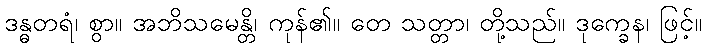
ဒန္ဓတရံ၊ စွာ။ အဘိသမေန္တိ၊ ကုန်၏။ တေ သတ္တာ၊ တို့သည်။ ဒုက္ခေန၊ ဖြင့်။